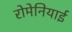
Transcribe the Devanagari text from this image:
रोमेनियाई